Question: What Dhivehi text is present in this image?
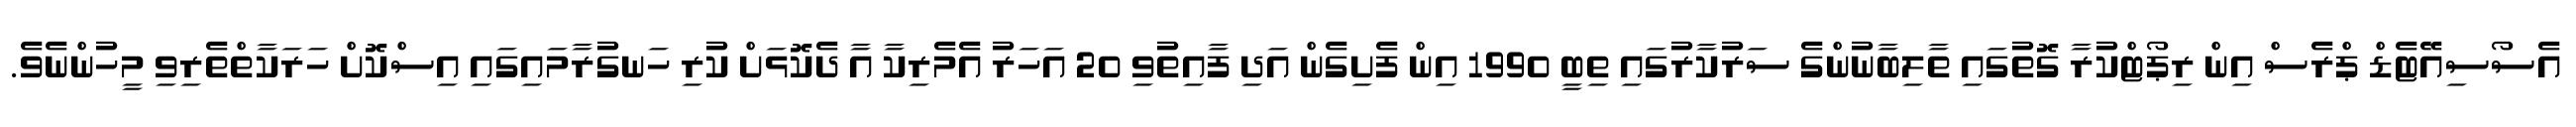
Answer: އެސޯސިއޭޓެޑް ޕްރެސް އިން ރިޕޯޓްކުރާ ގޮތުގައި ތާލިބާނުންގެ ސަރުކާރުގައި ތިބީ 1990 އިން ފެށިގެން އަދި ފާއިތުވި 20 އަހަރު އެމެރިކާ އާ ދެކޮޅަށް ކުރި ހަނގުރާމައިގައި އިސްކޮށް ހަރަކާތްތެރިވި މީހުންނެވެ.